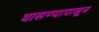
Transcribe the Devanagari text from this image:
घासण्यापासून